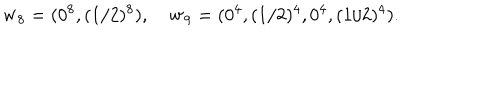
{ \bf w } _ { 8 } = ( 0 ^ { 8 } , ( 1 / 2 ) ^ { 8 } ) , \quad { \bf w } _ { 9 } = ( 0 ^ { 4 } , ( 1 / 2 ) ^ { 4 } , 0 ^ { 4 } , ( 1 / 2 ) ^ { 4 } ) .